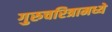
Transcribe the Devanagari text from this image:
गुरुचरित्रामध्ये